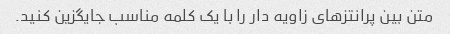
متن بین پرانتزهای زاویه دار را با یک کلمه مناسب جایگزین کنید.